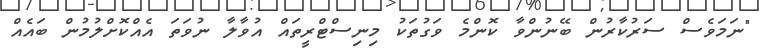
"ނަމަވެސް ސަރުކާރުން ބޭނުންވާ ކޮންމެ ވަގުތަކު މިނިސްޓްރީތައް އުވާލާ ނުވަތަ އެއްކޮށްލުމުން ބައެއް